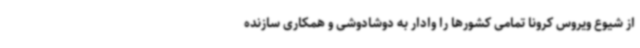
از شیوع ویروس کرونا تمامی کشورها را وادار به دوشادوشی و همکاری سازنده